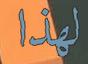
لھذا